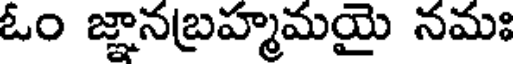
ఓం జ్ఞానబ్రహ్మమయై నమః